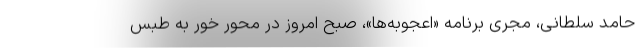
حامد سلطانی، مجری برنامه «اعجوبه‌ها»، صبح امروز در محور خور به طبس